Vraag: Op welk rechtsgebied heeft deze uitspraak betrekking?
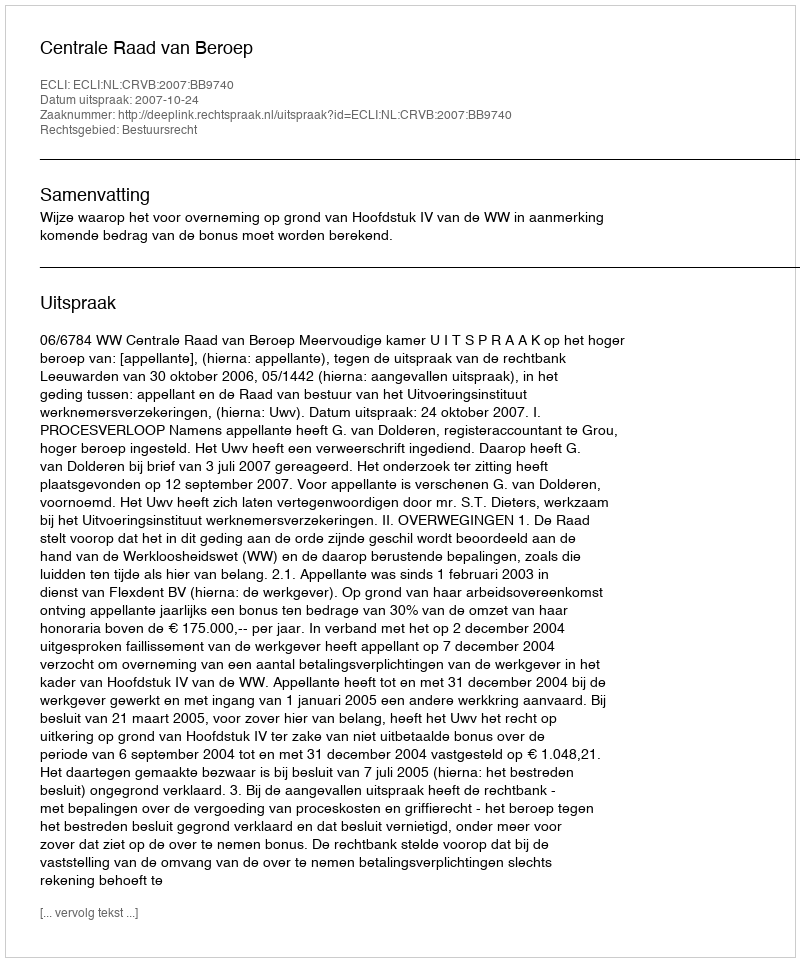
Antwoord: Bestuursrecht